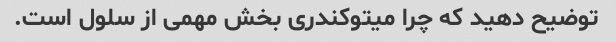
توضیح دهید که چرا میتوکندری بخش مهمی از سلول است.